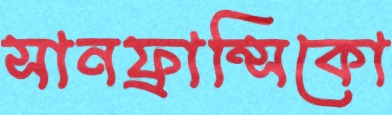
সানফ্রান্সিকো